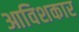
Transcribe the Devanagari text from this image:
आविशकार